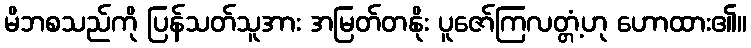
မိဘစသည်ကို ပြန်သတ်သူအား အမြတ်တနိုး ပူဇော်ကြလတ္တံ့ဟု ဟောထား၏။